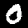
Digit: 0